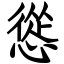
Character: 慫